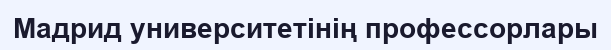
Мадрид университетінің профессорлары